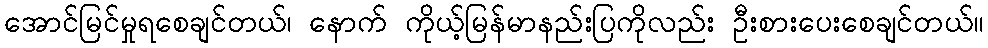
အောင်မြင်မှုရစေချင်တယ်၊ နောက် ကိုယ့်မြန်မာနည်းပြကိုလည်း ဦးစားပေးစေချင်တယ်။